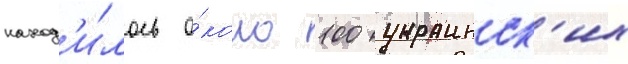
наход'и́лось о́коло 100 украинск'их